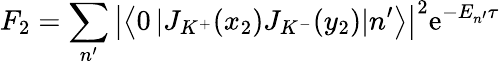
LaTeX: F_{2}=\sum_{n^{\prime}}\left|\left\langle 0\left|J_{K^{+}}(x_{2})J_{K^{-}}(y_{2})\right|n^{\prime}\right\rangle\right|^{2}\mathrm{e}^{-E_{n^{\prime}}\tau}